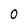
Character: 0